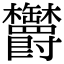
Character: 𣡸